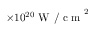
\times 1 0 ^ { 2 0 } \mathrm { ~ W ~ / ~ c ~ m ~ } ^ { 2 }